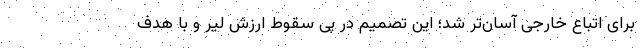
برای اتباع خارجی آسان‌تر شد؛ این تصمیم در پی سقوط ارزش لیر و با هدف